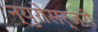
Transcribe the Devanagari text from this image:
न्युरोसर्जरी